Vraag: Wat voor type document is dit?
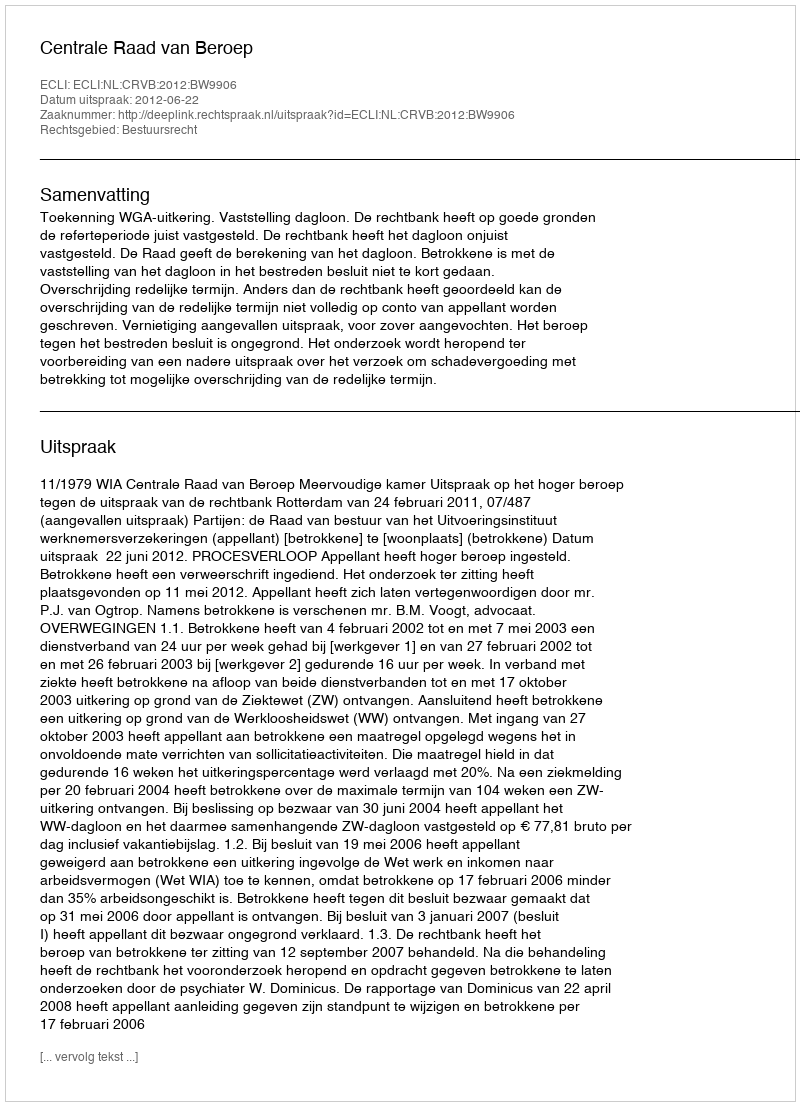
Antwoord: Uitspraak